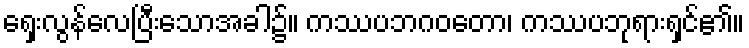
ရှေးလွန်လေပြီးသောအခါ၌။ ကဿပဘဂဝတော၊ ကဿပဘုရားရှင်၏။